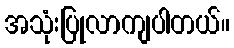
အသုံးပြုလာကျပါတယ်။